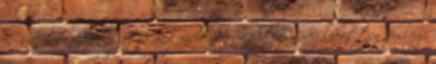
is sikeresen kirángatja a gondolatai közül, és meglepetten pislog